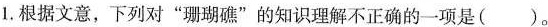
1.根据文意，下列对”珊瑚礁”的知识理解不正确的一项是()。